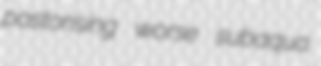
pastorising worse subaqua